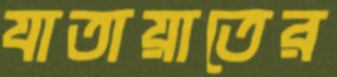
যাতায়াতের